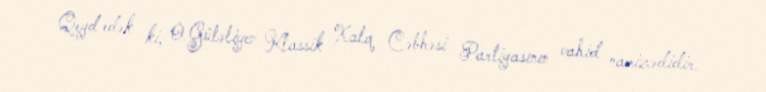
Qeyd edək ki, O.Güləliyev Klassik Xalq Cəbhəsi Partiyasının vahid namizədidir.